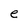
Character: e